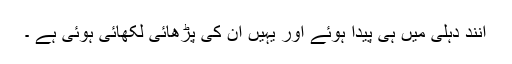
آنند دہلی میں ہی پیدا ہوئے اور یہیں ان کی پڑھائی لکھائی ہوئی ہے ۔